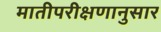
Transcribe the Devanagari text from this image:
मातीपरीक्षणानुसार